Vaccination North-Western Provinces 1866-1877 - 1866-1877
Year: 1866
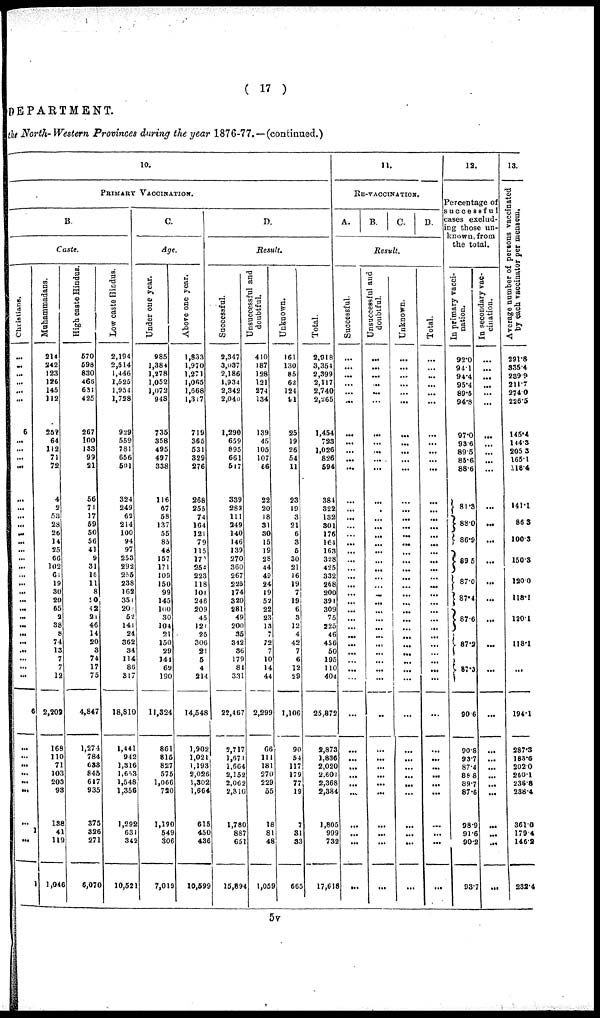
( 17 )
DEPARTMENT.
the North- Western Provinces during the year 1876-77.—(continued.)
10.
PRIMARY VACCINATION.
B.
Caste.
Christians.
...
...
...
...
...
...
6
...
...
...
...
...
...
...
...
...
...
...
...
...
...
...
...
...
...
...
...
...
...
...
...
...
...
6
...
...
...
...
...
...
...
1
......
1
Mahammadans.
214
242
123
126
145
112
258
64
112
71
72
4
2
53
28
26
14
25
66
102
61
19
30
20
65
2
38
8
74
13
7
7
12
2,209
168
110
71
103
203
93
138
41
119
1,046
High caste Hindus.
570
598
830
466
631
425
267
l00
133
99
21
56
71
17
59
50
56
41
9
31
16
11
8
10
42
21
46
14
20
3
74
17
75
4,847
1,274
784
638
845
617
935
375
326
271
6,070
Low caste Hindus.
2,194
2,514
1,446
1,525
1,954
1,728
929
559
781
656
501
324
249
62
214
100
94
97
253
292
255
238
162
351
20
52
141
24
362
34
114
86
317
18,810
1,441
942
1,316
1,653
1,548
1,356
1,292
631
342
10,521
C.
Age.
Under one year.
985
1,384
1,278
1,052
1,072
948
735
358
495
497
338
116
67
58
137
55
85
48
157
171
109
150
99
145
100
30
104
21
150
29
141
69
190
11,324
861
815
827
575
1,066
720
1,190
549
306
7,019
Above one year.
1,833
1,970
1,271
1,065
1,668
1,317
719
365
531
329
276
268
255
74
164
121
79
115
17
254
223
118
101
246
209
45
121
25
306
21
5
4
214
14,548
1,902
1,021
1,193
2,026
1,302
1,664
615
450
436
10,599
D.
Result.
Successful.
2,347
3,037
2,186
1,934
2,342
2,040
1,290
659
895
661
517
339
283
111
249
140
146
139
270
360
267
225
174
320
281
49
200
35
342
36
179
81
331
22,467
3,717
1,671
1,664
2,152
2,062
2,310
1,780
887
651
15,894
Unsuccessful and
doubtful.
410
187
128
121
274
134
139
45
105
107
66
22
20
18
31
30
15
19
28
44
49
24
19
52
22
23
13
7
72
7
10
14
44
2,299
66
111
181
270
229
55
18
81
48
1,059
Unknown.
161
130
85
62
124
91
25
19
26
54
11
23
19
3
21
6
3
5
30
21
16
19
7
19
6
3
12
4
42
7
6
12
29
1,106
90
54
117
179
77
19
7
31
33
665
Total.
2,918
3,354
2,399
2,117
2,740
2,265
1,454
723
1,026
826
594
384
322
132
301
176
164
163
328
425
332
268
200
391
309
75
225
46
456
50
195
110
404
25,872
2,873
1,836
2,020
2,601
2,368
2,384
1,805
999
732
17,618
11.
RE-VACCINATION.
A.
B.
c. B.
Result.
Successful.
...
...
...
...
...
...
...
...
...
...
...
...
...
...
...
...
...
...
...
...
...
...
...
...
...
...
...
...
...
...
...
...
...
...
...
...
...
...
...
...
...
...
...
...
Unsuccessful and
doubtful.
...
...
...
...
...
...
...
...
...
...
...
...
...
...
...
...
...
...
...
...
...
...
...
...
...
...
...
...
...
...
...
...
...
...
...
...
...
...
...
...
...
...
...
...
Unknown.
...
...
...
...
...
...
...
...
...
...
...
...
...
...
...
...
...
...
...
...
...
...
...
...
...
...
...
...
...
...
...
...
...
...
...
...
...
...
...
...
...
...
...
...
Total.
...
...
...
...
...
...
...
...
...
...
...
...
...
...
...
...
...
...
...
...
...
...
...
...
...
...
...
...
...
...
...
...
...
...
...
...
...
...
...
...
...
...
...
...
12.
Percentage of
successful
cases exclud-
ing those un-
known, from
the total.
In primary vacci-
nation.
92.0
94.1
94.4
95.4
89.5
94.8
97.0
93.6
89.5
85.6
88.6
81.3
88.0
86.9
89.5
87.0
87.4
87.6
87.2
87.3
90.6
90.8
93.7
87.4
88.8
89.7
87.6
98.9
91.6
90.6
93.7
In secondary vac-
cination.
...
...
...
...
...
...
...
...
...
...
...
...
...
...
...
...
...
...
...
...
...
...
...
...
...
...
...
...
...
...
...
13.
Average number of persons vaccinated
by each vaccinator per mensem,
291.8
335.4
239.9
211.7
274.0
226.5
145.4
144.3
205.3
165.1
118.4
141.1
86.3
100.3
150.3
120.0
118.1
120.1
118.1
...
194.1
287.3
183.6
202.0
260.1
236.8
238.4
361.0
179.4
146.2
232.4
5v